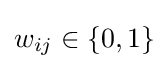
w_{ij}\in \left\{0,1\right\}